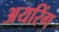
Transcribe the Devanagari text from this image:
अयरिंग